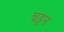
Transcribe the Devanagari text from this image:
चडून